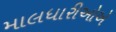
માલધારીઓએ